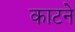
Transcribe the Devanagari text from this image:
काटनेे